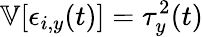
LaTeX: \mathbb V[\epsilon_{i,y}(t)]=\tau_{y}^{2}(t)